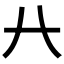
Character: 𠔀